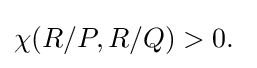
\chi (R/P,R/Q)>0.\